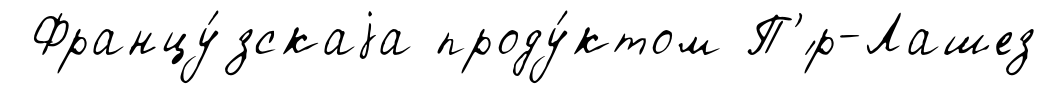
Францу́зскаjа проду́ктом П'́р-Лашез